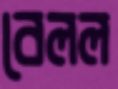
বেলল